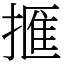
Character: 㨤